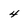
Character: 4